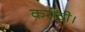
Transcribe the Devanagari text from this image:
करोंदी।